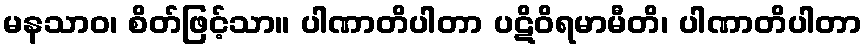
မနသာဝ၊ စိတ်ဖြင့်သာ။ ပါဏာတိပါတာ ပဋိဝိရမာမီတိ၊ ပါဏာတိပါတာ